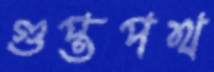
গুপ্তপথ